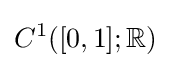
C^{1}([0,1];\mathbb {R} )